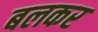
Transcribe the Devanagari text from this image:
बलकर